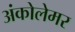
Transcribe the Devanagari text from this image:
अंकोलेमर